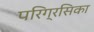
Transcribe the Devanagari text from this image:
परिग्रसिका